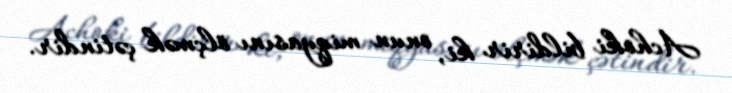
Achoki bildirir ki, onun miqyasını ölçmək çətindir.